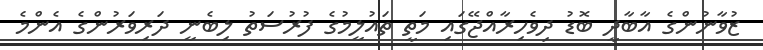
ޒުވާނުންގެ އާބާދީ ބޮޑު ދިވެހިރާއްޖޭގައި މަތީ ތައުލީމުގެ ފުރުސަތު ލިބެނީ ދަރިވަރުންގެ އެންމެ